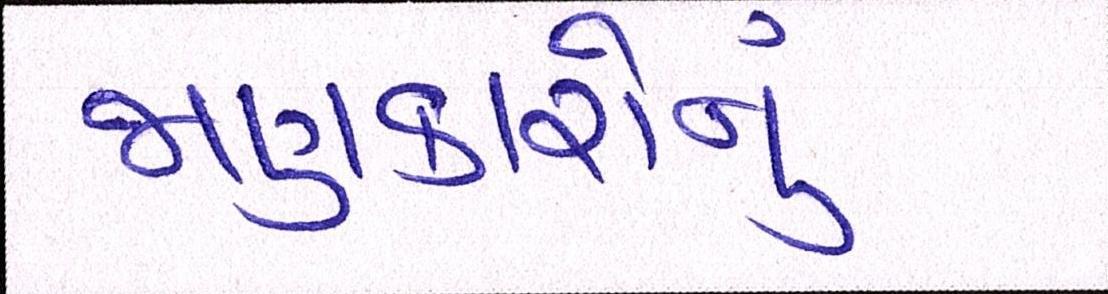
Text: જાણકારોનું